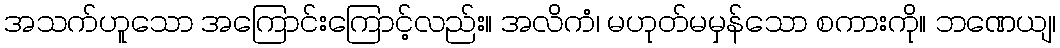
အသက်ဟူသော အကြောင်းကြောင့်လည်း။ အလိကံ၊ မဟုတ်မမှန်သော စကားကို။ ဘဏေယျ၊